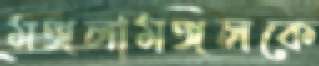
মঙ্গলামঙ্গলকে